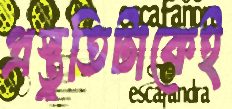
প্রস্তুতিটাকেই